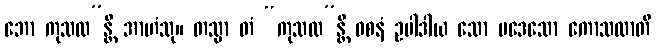
ဘော ကုသလ”န္တိ အာဟံသု။ တသ္မာ တံ “ကုသလ”န္တိ ဝစနံ ဥပါဒါယ သော ပဒေသော ကောသလာတိ